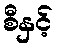
စီနှင့်